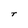
Character: T